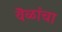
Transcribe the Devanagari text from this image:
वॆळांचा